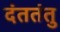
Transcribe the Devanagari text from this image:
दंततंतु